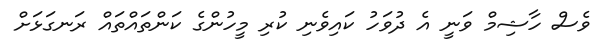
ވެސް ހާޝިމް ވަނީ އެ ދުވަހު ކައިވެނި ކުރި މީހުންގެ ކަންތައްތައް ރަނގަޅަށް